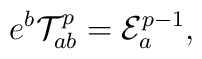
e^{b}{\cal T}_{ab}^{p}={\cal E}_{a}^{p-1},